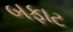
બફાટ